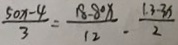
\frac { 5 0 x - 4 } { 3 } = \frac { 1 8 - 8 0 x } { 1 2 } - \frac { 1 . 3 - 3 x } { 2 }